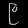
Digit: ၉